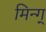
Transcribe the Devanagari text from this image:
मिन्ग्